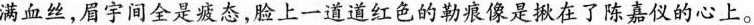
满血丝，眉宇间全是发态，脸上一道道红色的数乘像是揪在了陈嘉仪的心上。